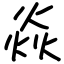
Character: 焱